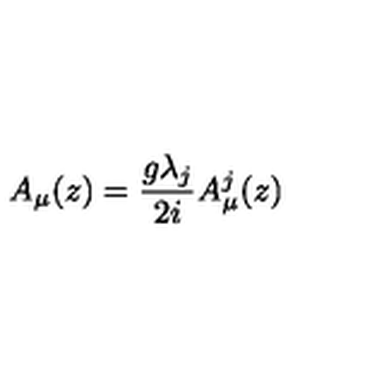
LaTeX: A _ { \mu } ( z ) = \frac { g \lambda _ { j } } { 2 i } A _ { \mu } ^ { j } ( z )